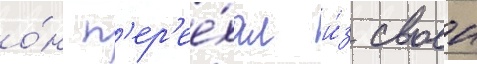
о́н п'ер'ее́хал и́з своеи